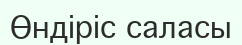
Өндіріс саласы